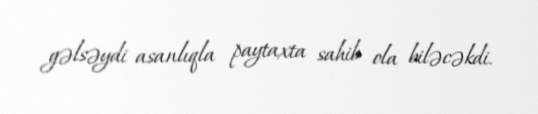
gəlsəydi asanlıqla paytaxta sahib ola biləcəkdi.